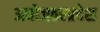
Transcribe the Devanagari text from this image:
अधोजठरप्रदेश